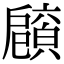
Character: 𢩡